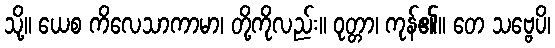
သို့။ ယေစ ကိလေသာကာမာ၊ တို့ကိုလည်း။ ဝုတ္တာ၊ ကုန်၏။ တေ သဗ္ဗေပိ၊